Lunatic asylums Punjab 1895-1910 - 1895-1910
Year: 1895
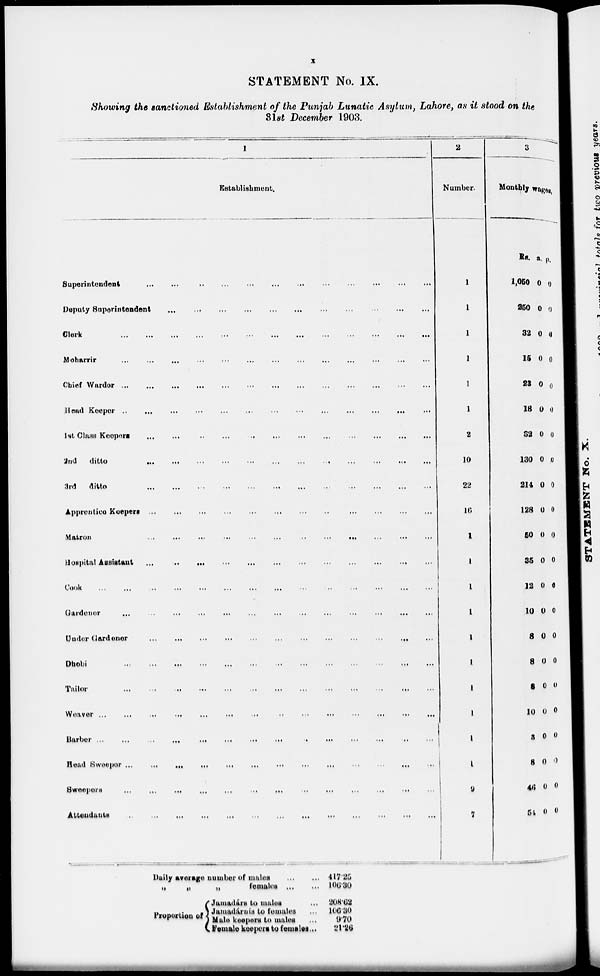
x
STATEMENT No. IX.
Showing the sanctioned Establishment of the Punjab Lunatic Asylum, Lahore, as it stood on the
31st December 1903.
1
Establishment.
Superintendent
...
...
...
...
...
...
...
...
...
...
...
...
Deputy Superintendent
...
...
...
...
...
...
...
...
...
...
...
...
Clerk
...
...
...
...
...
...
...
...
...
...
...
...
Moharrir
...
...
...
...
...
...
...
...
...
...
...
...
Chief Wardor
...
...
...
...
...
...
...
...
...
...
...
...
Head Keeper
...
...
...
...
...
...
...
...
...
...
...
...
1st
Class
Keepers
...
...
...
...
...
...
...
...
...
...
...
...
2nd ditto
...
...
...
...
...
...
...
...
...
...
...
...
3 rd ditto
...
...
...
...
...
...
...
...
...
...
...
...
Apprentice
Koepers
...
...
...
...
...
...
...
...
...
...
...
...
Matron
...
...
...
...
...
...
...
...
...
...
...
...
Hospital Assistant
...
...
...
...
...
...
...
...
...
...
...
...
Cook
...
...
...
...
...
...
...
...
...
...
...
...
Gardener
...
...
...
...
...
...
...
...
...
...
...
...
Under Gardener
...
...
...
...
...
...
...
...
...
...
...
...
Dhobi
...
...
...
...
...
...
...
...
...
...
...
...
Tailor
...
...
...
...
...
...
...
...
...
...
...
...
Weaver
...
...
...
...
...
...
...
...
...
...
...
...
Barber
...
...
...
...
...
...
...
...
...
...
...
...
Head Sweeper
...
...
...
...
...
...
...
...
...
...
...
...
Sweepers
...
...
...
...
...
...
...
...
...
...
...
...
Attendants
...
...
...
...
...
...
...
...
...
...
...
...
2
Number.
1
1
1
1
1
1
2
10
22
16
1
1
1
1
1
1
1
1
1
1
9
7
3
Monthly wages
Rs.
1,050
250
32
15
23
18
32
130
214
128
50
36
12
10
8
8
8
10
3
8
46
54
a.
0
0
0
0
0
0
0
0
0
0
0
0
0
0
0
0
0
0
0
0
0
0
p.
0
0
0
0
0
0
0
0
0
0
0
0
0
0
0
0
0
0
0
0
0
0
Daily average number of males
....
...
„
„
„
females ...
Proportion of
Jamadárs to males ...
Jamadárnís to females ...
Male keepers to males ...
Female keepers to females ...
417.25
106.30
208.62
106.30
9.70
21.26